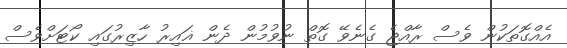
އެއްގޮތަކުން ވެސް ރާއްޖެ ގެނެވޭ ގޮތް ނުވުމުން ދެން ޣައިރު ހާޒިރުގައި ކޯޓަށްވެސް